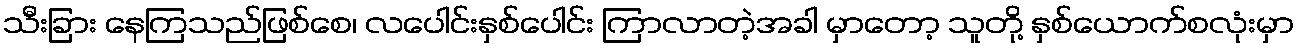
သီးခြား နေကြသည်ဖြစ်စေ၊ လပေါင်းနှစ်ပေါင်း ကြာလာတဲ့အခါ မှာတော့ သူတို့ နှစ်ယောက်စလုံးမှာ